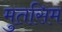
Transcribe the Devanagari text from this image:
मुतसिम